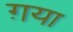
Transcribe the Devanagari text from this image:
ग़या